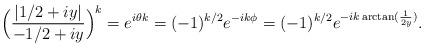
LaTeX: \begin{align*} \Big(\frac{|1/2+iy|}{-1/2+iy}\Big)^k =e^{i \theta k} = (-1)^{k/2} e^{-ik \phi} = (-1)^{k/2} e^{-ik \arctan(\frac{1}{2y})}.\end{align*}